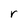
Character: r